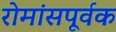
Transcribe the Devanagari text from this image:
रोमांसपूर्वक